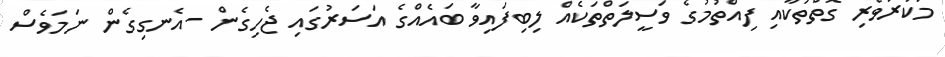
މަކަރުވެރި ގޮތްތަކާއި ފިއްތުމުގެ ވަސީލަތްތަކެއް ލިބިފައިވާ ބައެއްގެ އަސަރުގައި ޖެހިގެން -އެނގިގެން ނަމަވެސް